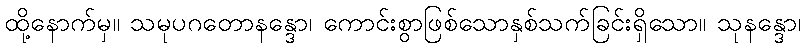
ထို့နောက်မှ။ သမုပဂတောနန္ဒော၊ ကောင်းစွာဖြစ်သောနှစ်သက်ခြင်းရှိသော။ သုနန္ဒော၊